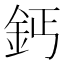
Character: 鈣